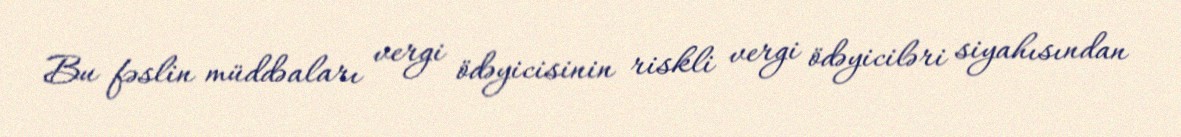
Bu fəslin müddəaları vergi ödəyicisinin riskli vergi ödəyiciləri siyahısından